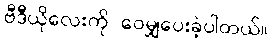
ဗီဒီယိုလေးကို ဝေမျှပေးခဲ့ပါတယ်။